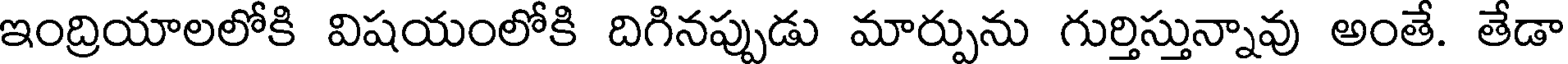
ఇంద్రియాలలోకి విషయంలోకి దిగినప్పుడు మార్పును గుర్తిస్తున్నావు అంతే. తేడా